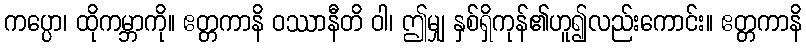
ကပ္ပော၊ ထိုကမ္ဘာကို။ ဧတ္တကာနိ ဝဿာနီတိ ဝါ၊ ဤမျှ နှစ်ရှိကုန်၏ဟူ၍လည်းကောင်း။ ဧတ္တကာနိ